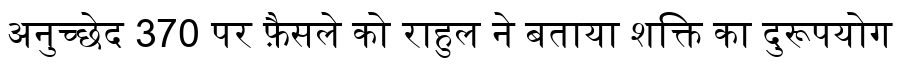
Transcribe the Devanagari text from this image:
अनुच्छेद 370 पर फ़ैसले को राहुल ने बताया शक्ति का दुरूपयोग